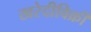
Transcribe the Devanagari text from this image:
खरेदीविक्री